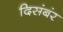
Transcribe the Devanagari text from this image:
दिसंबंर